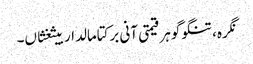
نگرہ، تنگو گوہر قیمتی آنی برکتامالدار بیثغثاں۔